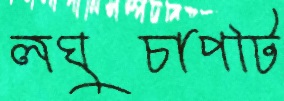
লঘুচাপটি